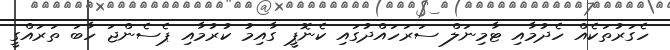
ހެގަރުތަކެއް ހެދުމާއި ޓާމިނަލް ސަރަހައްދުގައި ކެނޮޕީ ގާއިމު ކުރުމާއި ޕެސެންޖަ ހާބަ ތަރައްގީ